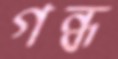
গন্ধ